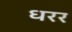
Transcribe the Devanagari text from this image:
धरर